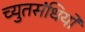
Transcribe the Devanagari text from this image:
च्युतसंधियों